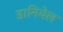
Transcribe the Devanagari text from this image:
डानियेल